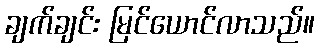
ချက်ချင်း မြင်ယောင်လာသည်။